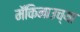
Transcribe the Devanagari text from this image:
मॅकिनाउच्या